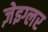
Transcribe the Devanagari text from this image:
ज़ेइग्लर